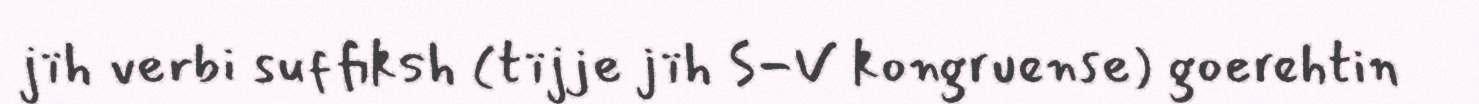
jïh verbi suffiksh (tïjje jïh S-V kongruense) goerehtin